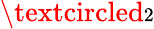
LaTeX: \textcircled{\scriptsize{2}}